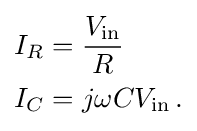
{\begin{aligned}I_{R}&={\frac {V_{\mathrm {in} }}{R}}\\I_{C}&=j\omega CV_{\mathrm {in} }\,.\end{aligned}}